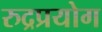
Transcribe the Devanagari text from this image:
रुद्रप्रयोग